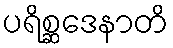
ပရိစ္ဆဒေနာတိ